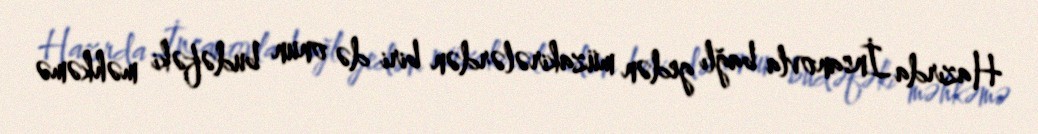
Hazırda İnsanovla bağlı gedən müzakirələrdən biri də onun budəfəki məhkəmə